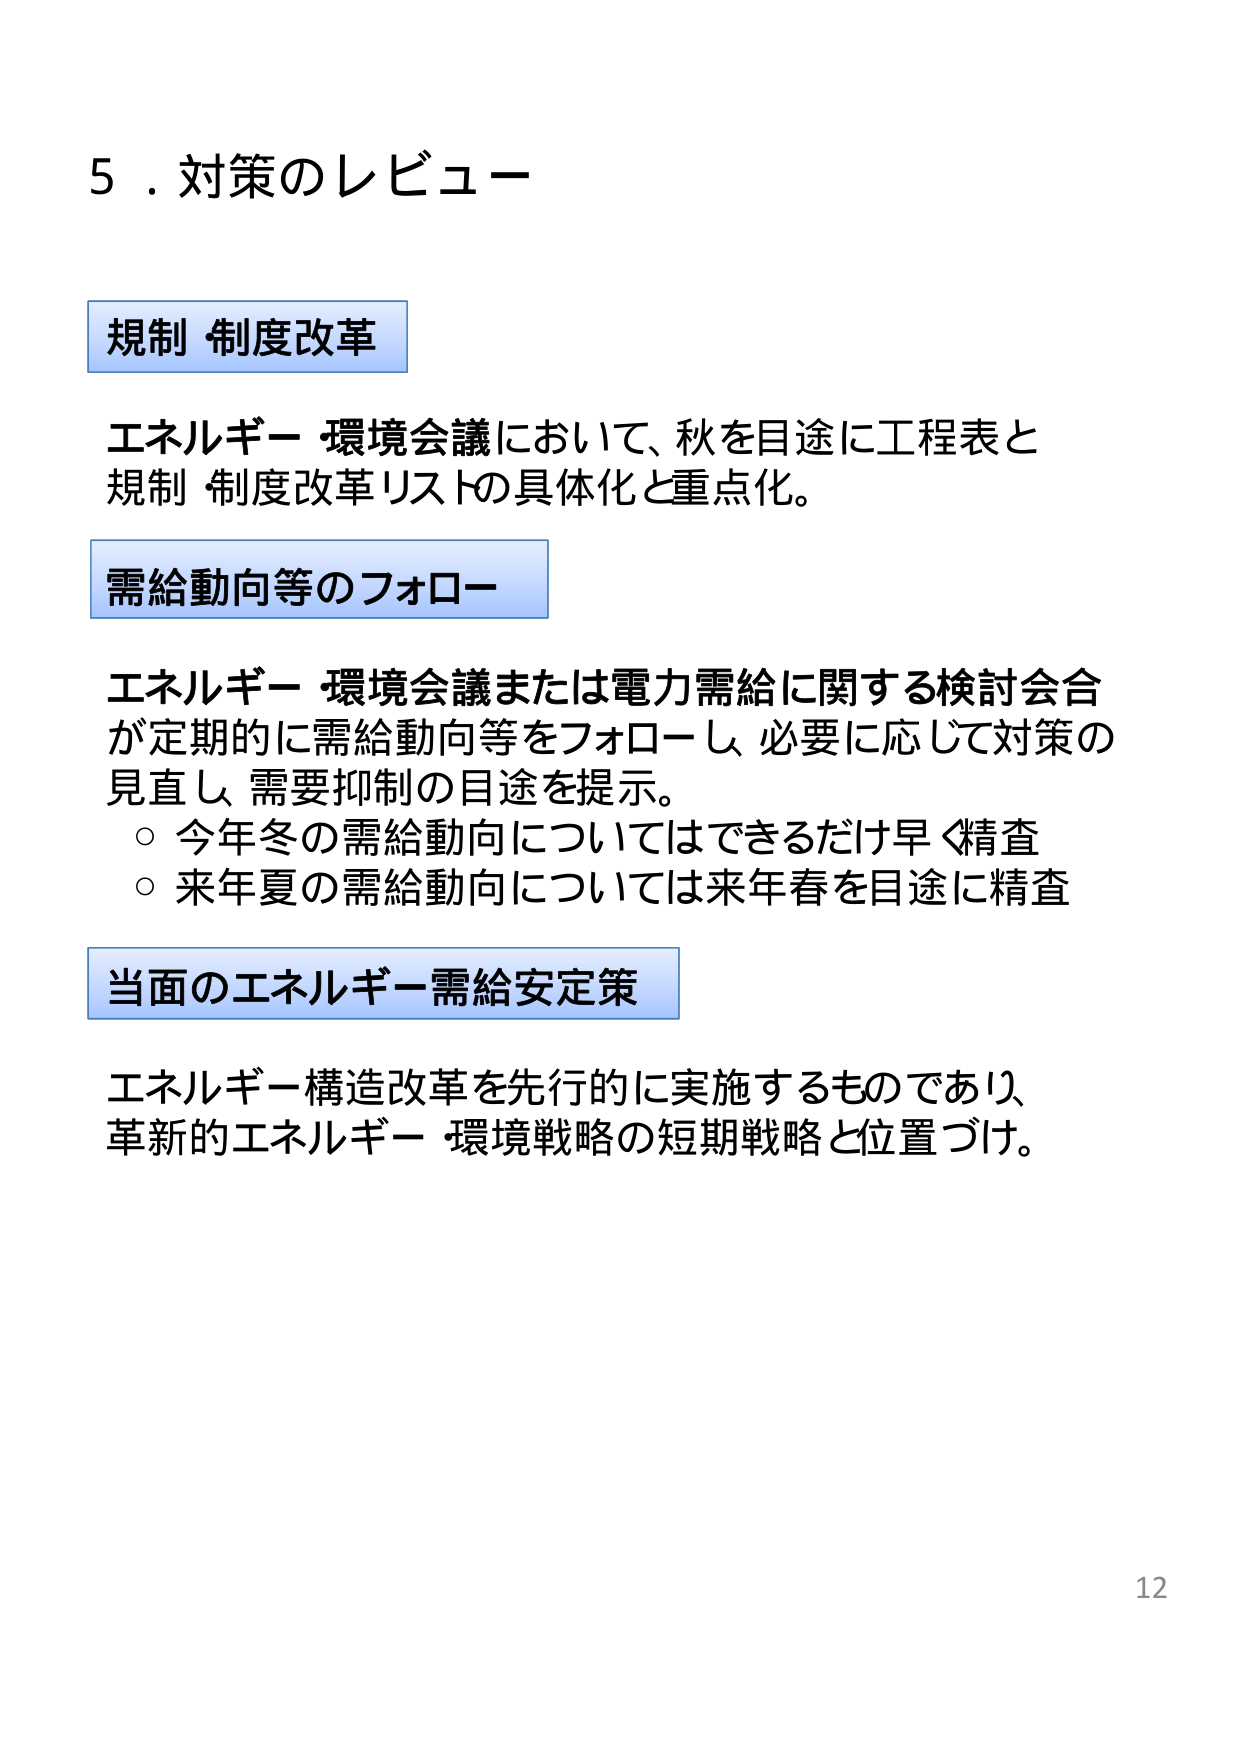
5．対策のレビュー

規制 制度改革

エネルギー・環境会議において、秋を目途に工程表と
規制・制度改革リストの具体化と重点化。

需給動向等のフォロー

エネルギー・環境会議または電力需給に関する検討会合
が定期的に需給動向等をフォローし、必要に応じて対策の
見直し、需要抑制の目途を提示。
○ 今年冬の需給動向についてはできるだけ早く精査
○ 来年夏の需給動向については来年春を目途に精査

当面のエネルギー需給安定策

エネルギー構造改革を先行的に実施するものであり、
革新的エネルギー・環境戦略の短期戦略と位置づけ。

12